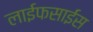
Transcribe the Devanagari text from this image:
लाईफसाईंस